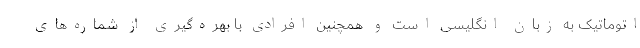
اتوماتیک به زبان انگلیسی است و همچنین افرادی با بهره‌گیری از شماره‌های